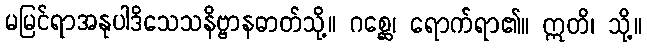
မမြင်ရာအနုပါဒိသေသနိဗ္ဗာနဓာတ်သို့။ ဂစ္ဆေ၊ ရောက်ရာ၏။ ဣတိ၊ သို့။